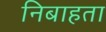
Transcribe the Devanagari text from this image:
निबाहता